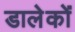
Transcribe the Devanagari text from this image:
डालेकों